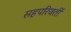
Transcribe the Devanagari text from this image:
सहपरिवर्ती